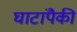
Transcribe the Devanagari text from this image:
घाटांपैकी